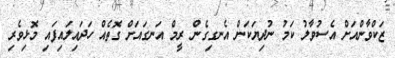
ޒަކްވާންއަށް އެސުވާލު ކަމު ނުދިޔަކަން އެނގިގެން ރީމް އަނގައަށް ގޮތެއް ހަދައިލައިފައި މޮޅިވެރި